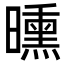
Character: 曛